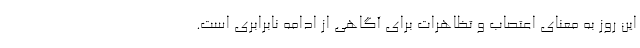
این روز به معنای اعتصاب و تظاهرات برای آگاهی از ادامه نابرابری است.